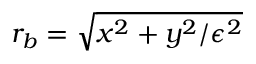
r _ { b } = \sqrt { x ^ { 2 } + y ^ { 2 } / \epsilon ^ { 2 } }